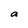
Character: a